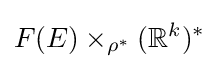
F(E)\times _{\rho ^{*}}(\mathbb {R} ^{k})^{*}